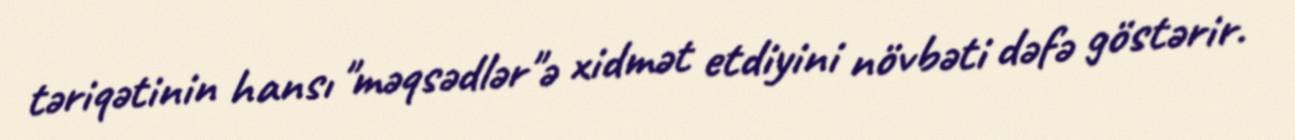
təriqətinin hansı "məqsədlər"ə xidmət etdiyini növbəti dəfə göstərir.